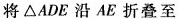
将△ADE沿AE折叠至